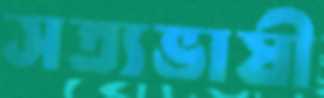
সত্যভাষী